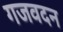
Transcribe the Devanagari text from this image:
गजवदन